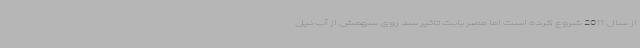
از سال 2011 شروع کرده است اما مصر بابت تاثیر سد روی سهمش از آب نیل